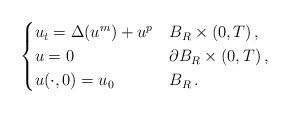
LaTeX: \begin{align*}\begin{cases}u_t = \Delta\!\left( u^m \right) + u^p & B_R \times (0,T) \, , \\u = 0 & \partial B_R \times (0,T) \, , \\u(\cdot,0) = u_0 & B_R \, .\end{cases}\end{align*}